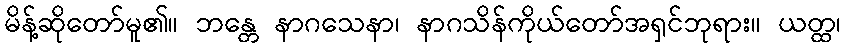
မိန့်ဆိုတော်မူ၏။ ဘန္တေ နာဂသေနာ၊ နာဂသိန်ကိုယ်တော်အရှင်ဘုရား။ ယတ္ထ၊